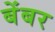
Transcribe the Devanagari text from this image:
बेंबर